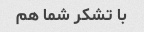
با تشکر شما هم